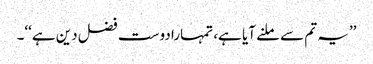
’’یہ تم سے ملنے آیا ہے، تمہارا دوست فضل دین ہے‘‘۔